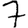
Digit: 7